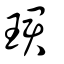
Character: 珺